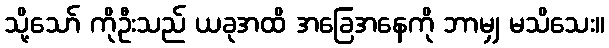
သို့သော် ကိုဦးသည် ယခုအထိ အခြေအနေကို ဘာမျှ မသိသေး။